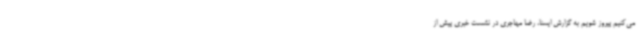
می‌کنیم پیروز شویم به گزارش ایسنا، رضا مهاجری در نشست خبری پیش از